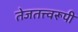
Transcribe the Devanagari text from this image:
तेजतत्त्वरूपी